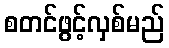
စတင်ဖွင့်လှစ်မည်